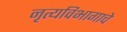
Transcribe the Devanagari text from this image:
नृत्यविभागाचे